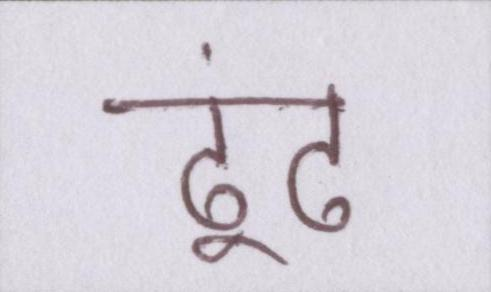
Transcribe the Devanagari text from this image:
ढूंढ